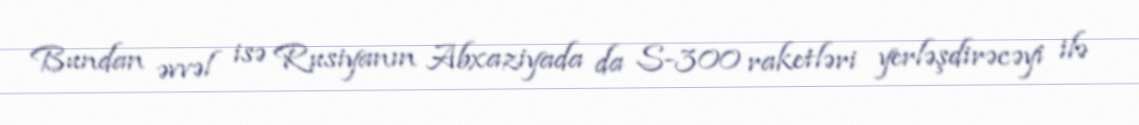
Bundan əvvəl isə Rusiyanın Abxaziyada da S-300 raketləri yerləşdirəcəyi ilə